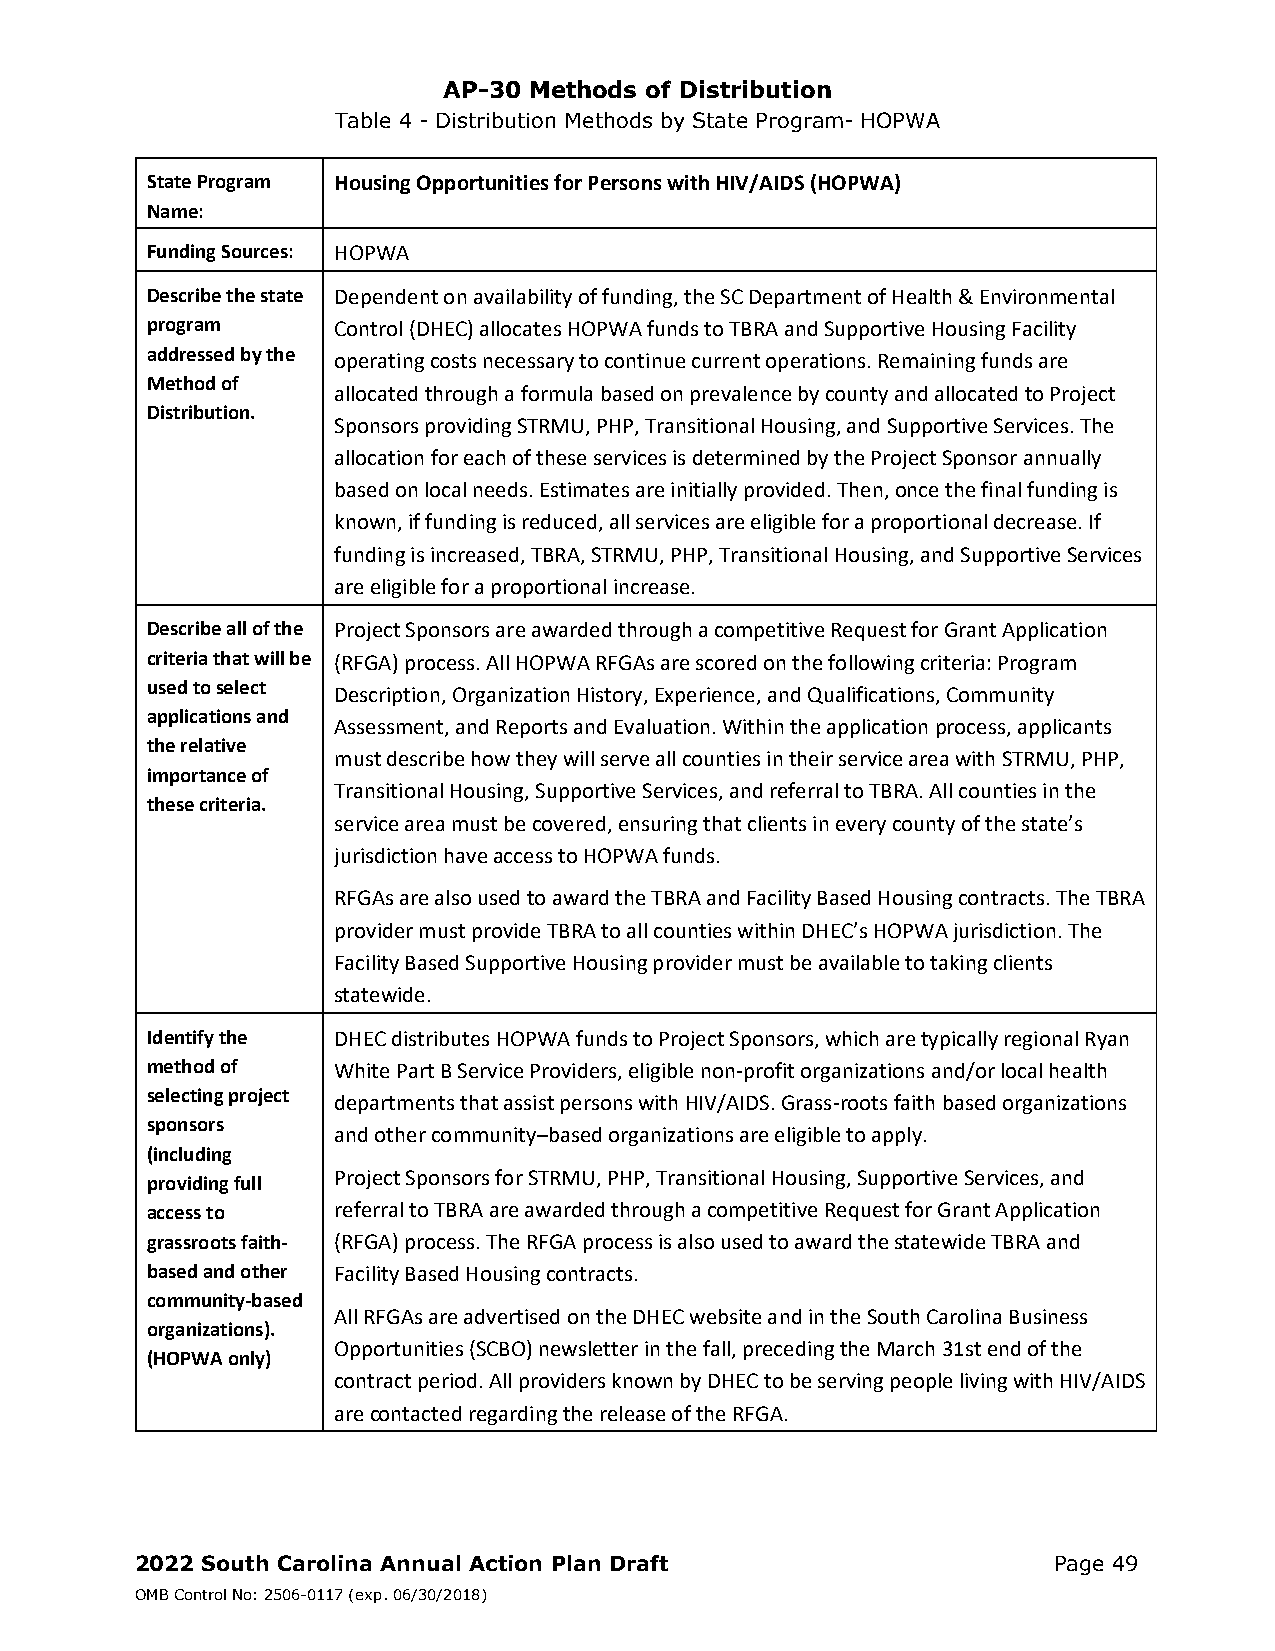
AP-30 Methods of Distribution
 Table 4 - Distribution Methods by State Program- HOPWA
 State Program Housing Opportunities for Persons with HIV/AIDS (HOPWA)
 Name:
 Funding Sources: HOPWA
 Describe the state Dependent on availability of funding, the SC Department of Health & Environmental
 program     Control (DHEC) allocates HOPWA funds to TBRA and Supportive Housing Facility
 addressed by the
 operating costs necessary to continue current operations. Remaining funds are
 Method of
 allocated through a formula based on prevalence by county and allocated to Project
 Distribution.
 Sponsors providing STRMU, PHP, Transitional Housing, and Supportive Services. The
 allocation for each of these services is determined by the Project Sponsor annually
 based on local needs. Estimates are initially provided. Then, once the final funding is
 known, if funding is reduced, all services are eligible for a proportional decrease. If
 funding is increased, TBRA, STRMU, PHP, Transitional Housing, and Supportive Services
 are eligible for a proportional increase.
 Describe all of the Project Sponsors are awarded through a competitive Request for Grant Application
 criteria that will be (RFGA) process. All HOPWA RFGAs are scored on the following criteria: Program
 used to select
 Description, Organization History, Experience, and Qualifications, Community
 applications and
 Assessment, and Reports and Evaluation. Within the application process, applicants
 the relative
 must describe how they will serve all counties in their service area with STRMU, PHP,
 importance of
 Transitional Housing, Supportive Services, and referral to TBRA. All counties in the
 these criteria.
 service area must be covered, ensuring that clients in every county of the state’s
 jurisdiction have access to HOPWA funds.
 RFGAs are also used to award the TBRA and Facility Based Housing contracts. The TBRA
 provider must provide TBRA to all counties within DHEC’s HOPWA jurisdiction. The
 Facility Based Supportive Housing provider must be available to taking clients
 statewide.
 Identify the DHEC distributes HOPWA funds to Project Sponsors, which are typically regional Ryan
 method of   White Part B Service Providers, eligible non‐profit organizations and/or local health
 selecting project
 departments that assist persons with HIV/AIDS. Grass‐roots faith based organizations
 sponsors
 and other community–based organizations are eligible to apply.
 (including
 Project Sponsors for STRMU, PHP, Transitional Housing, Supportive Services, and
 providing full
 access to   referral to TBRA are awarded through a competitive Request for Grant Application
 grassroots faith‐ (RFGA) process. The RFGA process is also used to award the statewide TBRA and
 based and other Facility Based Housing contracts.
 community‐based
 All RFGAs are advertised on the DHEC website and in the South Carolina Business
 organizations).
 Opportunities (SCBO) newsletter in the fall, preceding the March 31st end of the
 (HOPWA only)
 contract period. All providers known by DHEC to be serving people living with HIV/AIDS
 are contacted regarding the release of the RFGA.
 2022 South Carolina Annual Action Plan Draft                 Page 49
 OMB Control No: 2506-0117 (exp. 06/30/2018)